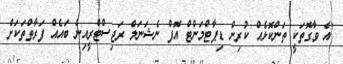
"އެ ވާގޮތަކީ ތަންކޮޅެއް ކުރިން ޑިޕާޓްމަންޓް އޮފް ނެޝަނަލް ރަޖިސްޓްރީއިން ބައެއް ފަރާތްތަކަށް